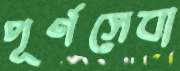
পূর্ণসেবা